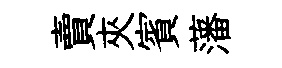
賣夾賓藩